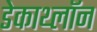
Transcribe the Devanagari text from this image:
डेकाथ्लॉन